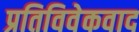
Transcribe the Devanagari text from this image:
प्रतिविवेकवाद